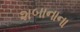
શબાનાના